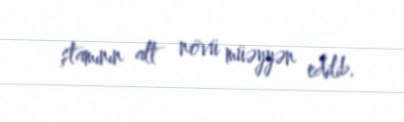
ştamının alt növü müəyyən edilib.